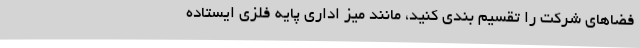
فضاهای شرکت را تقسیم بندی کنید، مانند میز اداری پایه فلزی ایستاده